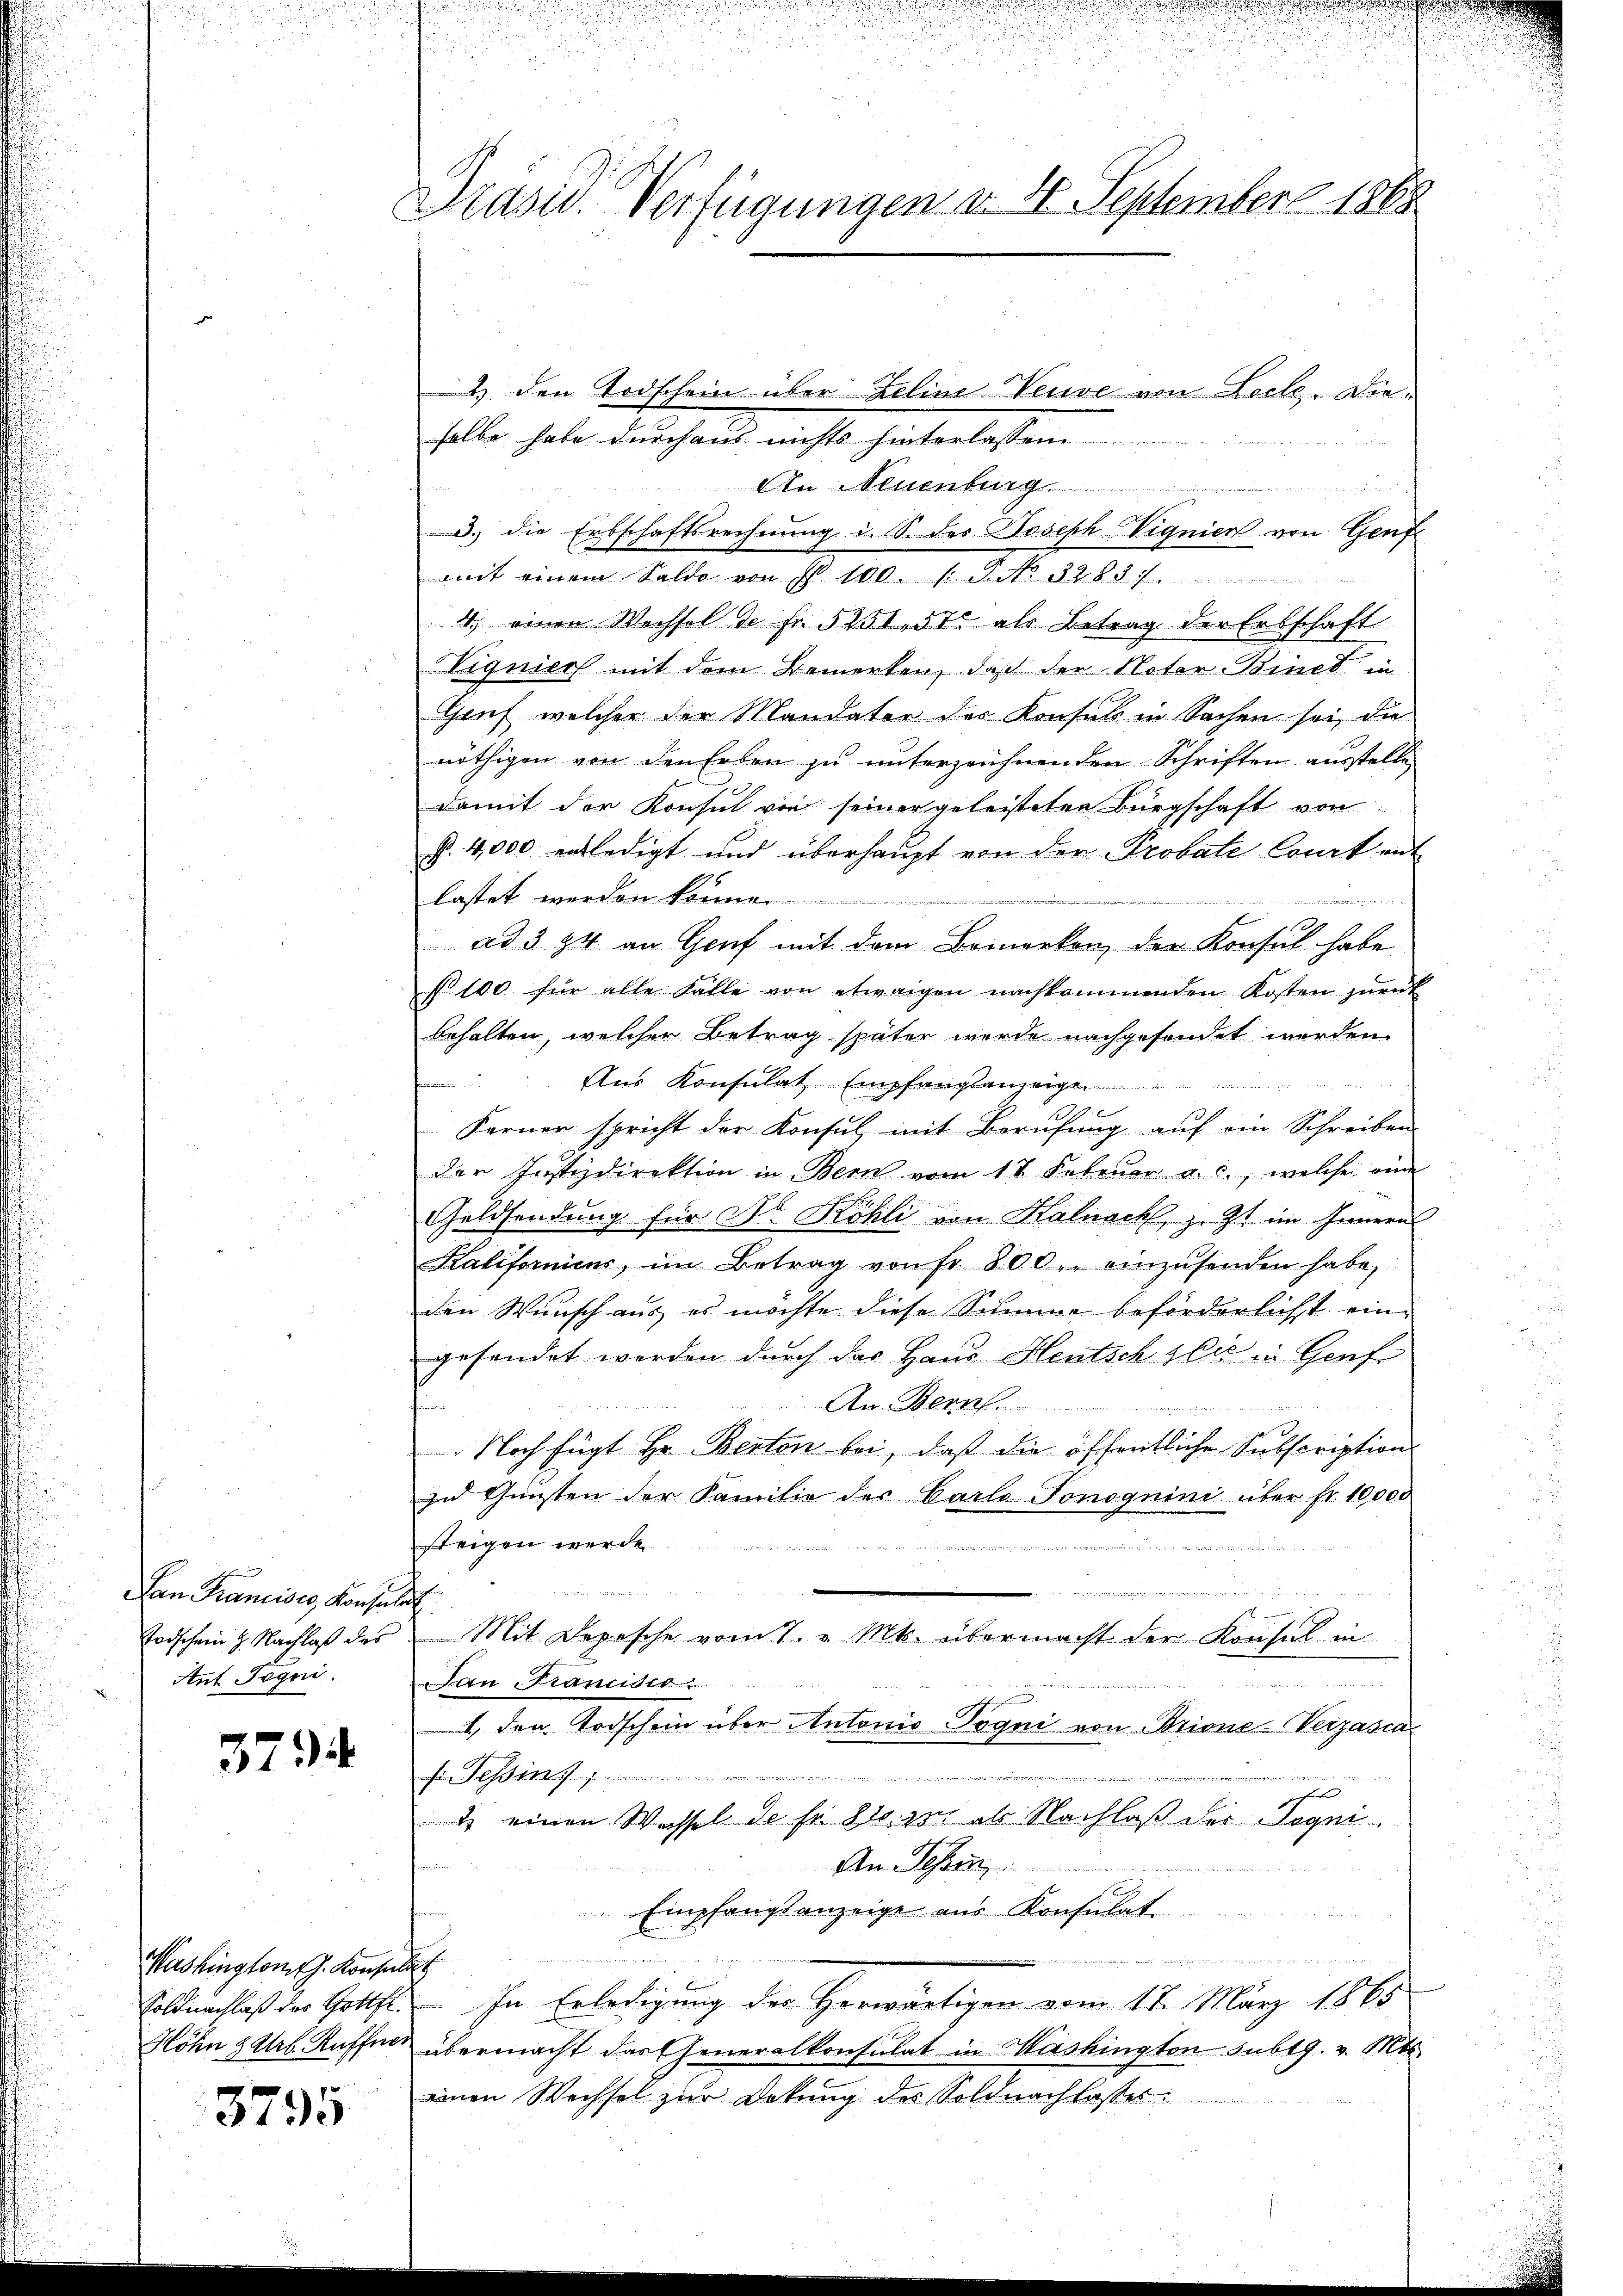
Lan Francisco Konsula
Todschein H. Nachlaß des
Ant Tagni

3794

Washington J. Konsulat
Soldnachlaß des Gottfr.

3795

Präsid. Verfügungen v. 4. September 1865

2) den Todschein über Zeline Neuve von Lecke. Dieselbe habe durchaus nichts hinterlassen
An
u
d.) die Erbschaftsrechnung i. S. des Joseph Vignien von Genf
mit einem Saldo von § 100. /: P. No. 32. 83. 7.
1. einen Wechsel de fr. 5251, 51 als Betrag der Erbschaft
Vigniers mit dem Bemerken, daß der Noter-Binet in
Gruf welcher der Mandater der Konsul in Sachen sei, die
nöthigen von den Erben zu unterzeichnenden Schriften ausstelle
damit der Konsul von seiner geleisteten Bürgschaft von
P. 4,000 entledigt und überhaupt von der Probate Court mit
lastet werden könne.
n in ein
E
ad 394 an Genf mit dem Bemerken, der Konsul habe
No 100 für alle Falle von etwaigen nachkommenden Kosten zŭrük
behalten, welcher Betrag später werde nachgesondet werden.
Aus Konsulat Empfangsanzeige
uirire
.
Ferner spricht der Konsul, mit Berufung auf ein Schreiben
der Justizdirektion in Bern vom 1 t Sebeŭer a. c., welche ein
Goldsendung für Dr. Köhli von Kalnach, z. Zt. im Innern
Kaliforniens, im Betrag von fr. 800. einzŭsenden habe,
den Wunsch aus es möchte diese Simme beförderlichst ein-
gefandet werden durch das Haus Heutsch sie in Genf
An Bern
t Rat Herr Art. 2
Noch fügt Hr. Berton bei, daß die öffentliche Subscriptions
zu Gunsten der Familie der Carlo Tonognini über fr. 10,000
steigen werde
unir lateinheit mit eine wei
n
h
Mit Depesche vom 7. v. Mts. übermacht der Konsul in
Pan Francidis
1., den Todschein über Antonio Pogni von Brione-Verzasca
s Tessing.
J
1 einen Wachsel de sr. Zt. zur ob Nachlaß der Jogni¬

An Schen
Empfangsanzeige aus Konsulati
m
In Erledigung der Herwärtigen vom 12. März 1865
Höhn & Urk. Kaffen übermacht das Generalkonsulat in Washingten subtg. v. Mts.
einen Wechsel zur Dekŭng des Soldnachlasses.